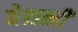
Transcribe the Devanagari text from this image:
वेशली